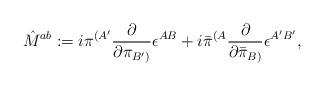
LaTeX: \begin{align*}{\hat M}^{ab}:=i{\pi}^{({A^\prime}}{{\partial} \over {\partial{\pi}_{{B^\prime})}}}\epsilon^{AB}+i{\bar \pi}^{({A}}{{\partial} \over {\partial {\bar \pi}_{{B)}}}}\epsilon^{{A^\prime}{B^\prime}},\end{align*}